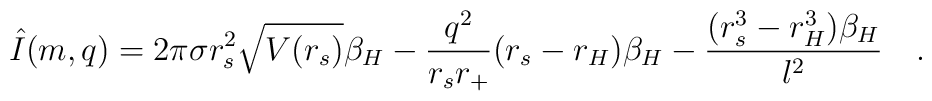
\hat{I}(m,q) = 2\pi\sigma r_s^2\sqrt{V(r_s)}\beta_H -\frac{q^2}{r_s r_+}(r_s-r_H)\beta_H- \frac{(r_s^3-r_H^3)\beta_H}{\l^2} \quad .